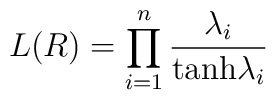
L(R) = \prod_{i=1}^n {\lambda_i \over {\rm tanh} \lambda_i}